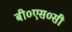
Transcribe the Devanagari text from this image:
बी०एस०सी